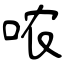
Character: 哝